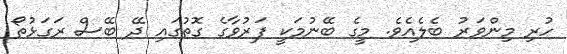
ހުރި މިންވަރު ބެލެއެވެ. މީގެ ބޭނުމަކީ ފަރުވާގެ ގޮތުގައި ދޭ ބޭސް ރަގަޅުތޯ